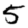
Digit: 5